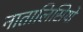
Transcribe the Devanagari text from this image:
नातालिसियो